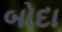
બોદા